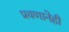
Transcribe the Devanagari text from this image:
प्रवणानेही